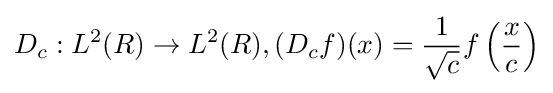
D_{c}:L^{2}(R)\rightarrow L^{2}(R),(D_{c}f)(x)={\frac {1}{\sqrt {c}}}f\left({\frac {x}{c}}\right)